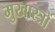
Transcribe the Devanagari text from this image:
मुखास्त्रों